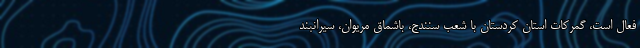
فعال است، گمرکات استان کردستان با شعب سنندج، باشماق مریوان، سیرانبند